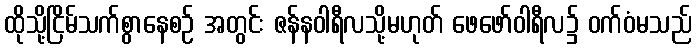
ထိုသို့ငြိမ်သက်စွာနေစဉ် အတွင်း ဇန်နဝါရီလသို့မဟုတ် ဖေဖော်ဝါရီလ၌ ဝက်ဝံမသည်